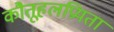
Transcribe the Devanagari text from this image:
कौतूहलप्रियता